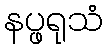
နပ္ဖရုသံ